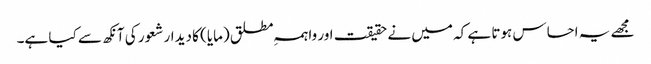
مجھے یہ احساس ہوتا ہے کہ میں نے حقیقت اور واہمہِ مطلق (مایا) کا دیدار شعور کی آنکھ سے کیا ہے۔